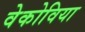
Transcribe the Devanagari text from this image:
वेकोविया